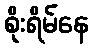
စိုးရိမ်နေ